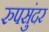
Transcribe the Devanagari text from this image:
रुपसुंदर